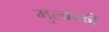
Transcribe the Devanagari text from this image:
मुल्ककी